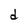
Character: d